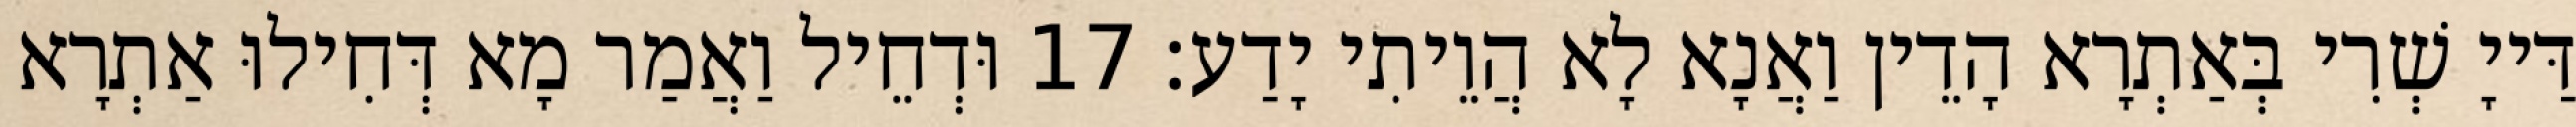
דַּייָ שְׁרִי בְּאַתְרָא הָדֵין וַאֲנָא לָא הֲוֵיתִי יָדַע׃ 17 וּדְחֵיל וַאֲמַר מָא דְּחִילוּ אַתְרָא